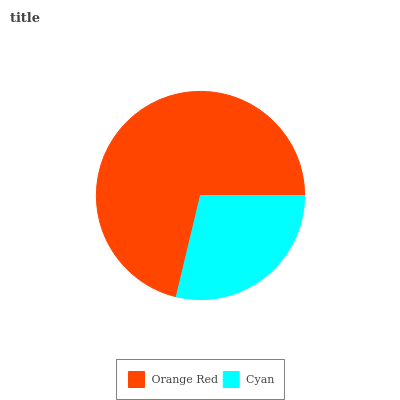
| Orange Red | Cyan |
 | --- | --- |
 | 71.2% | 28.8% |